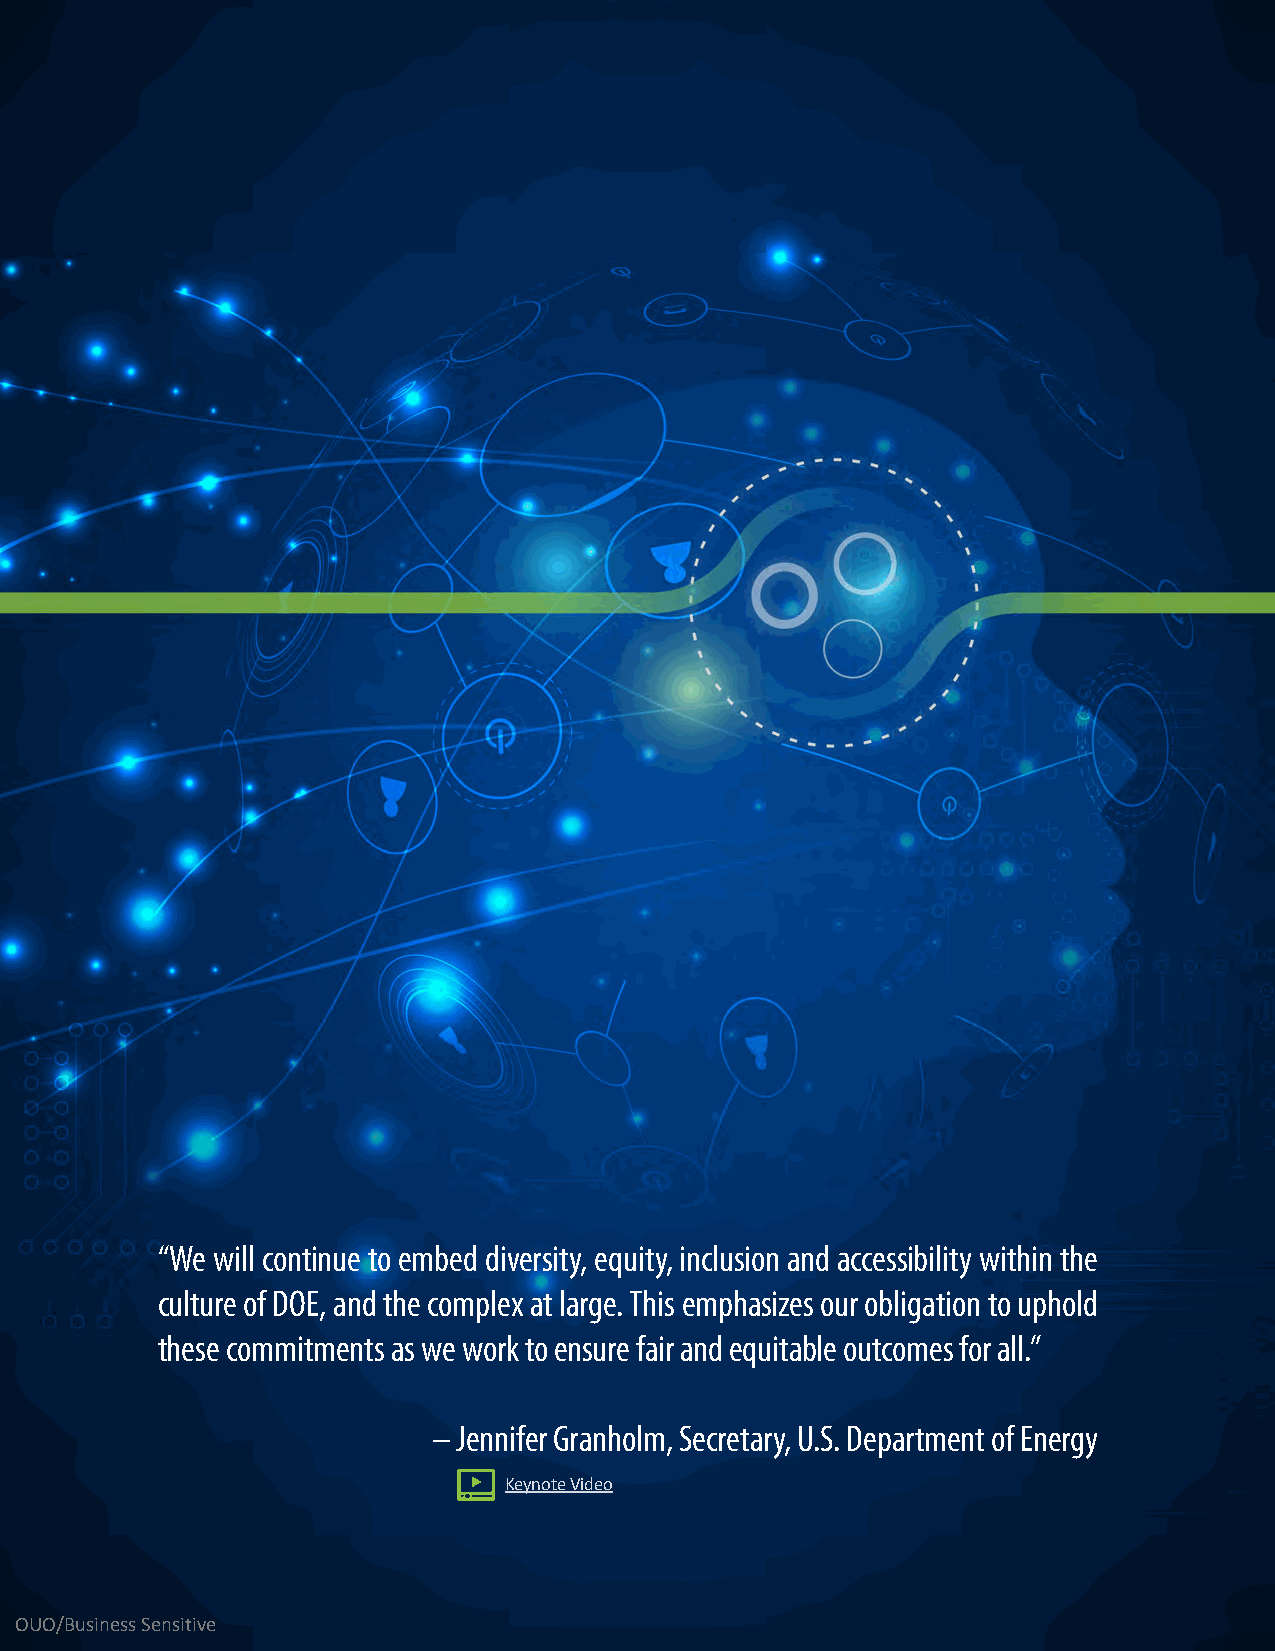
“We will continue to embed diversity, equity, inclusion and accessibility within the
 culture of DOE, and the complex at large. This emphasizes our obligation to uphold
 these commitments as we work to ensure fair and equitable outcomes for all.”
 –Jennifer Granholm, Secretary, U.S. Department of Energy
 Keynote Video
 OUO/Business Sensitive